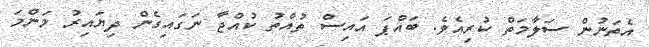
އެތަނުން ސަލާމަތް ކުރިއެވެ. ބައްޕަ އައިސް ތުއްތު ކުއްޖާ ނަގައިގެން ދިޔައިރު މަންމަ